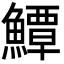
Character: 鱏